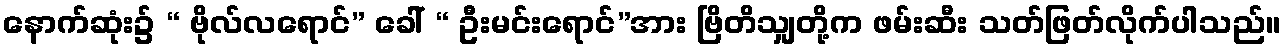
နောက်ဆုံး၌ “ ဗိုလ်လရောင်” ခေါ် “ ဦးမင်းရောင်”အား ဗြိတိသျှတို့က ဖမ်းဆီး သတ်ဖြတ်လိုက်ပါသည်။